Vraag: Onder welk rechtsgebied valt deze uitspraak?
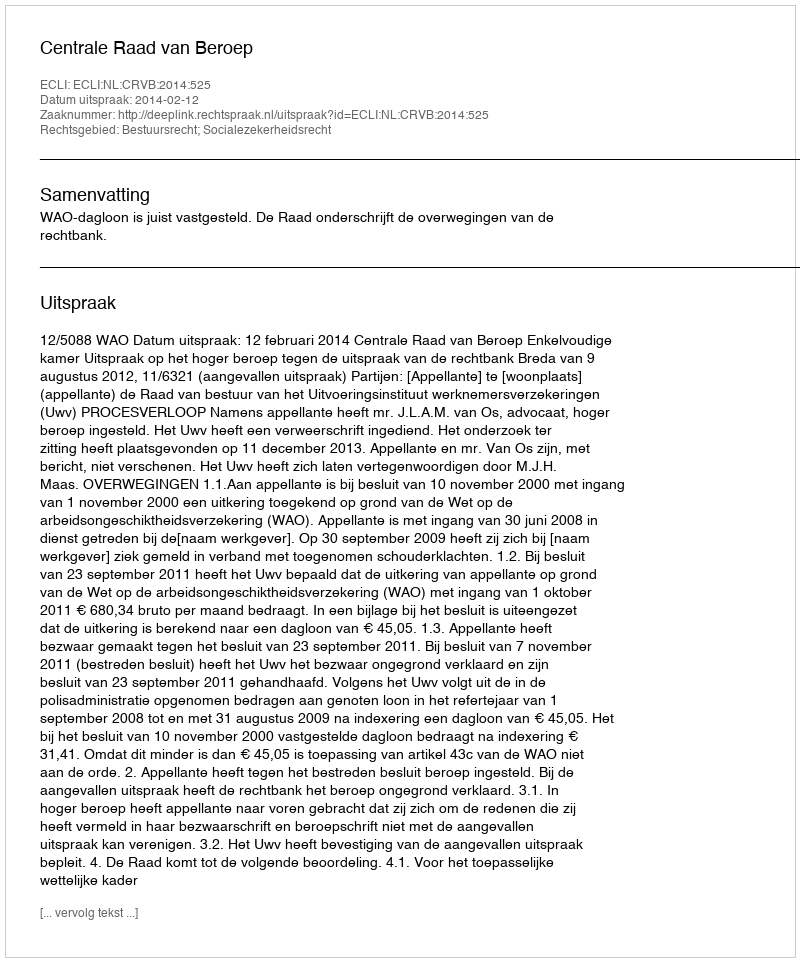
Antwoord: Bestuursrecht; Socialezekerheidsrecht